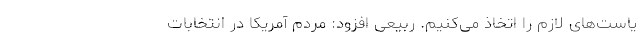
یاست‌های لازم را اتخاذ می‌کنیم. ربیعی افزود: مردم آمریکا در انتخابات